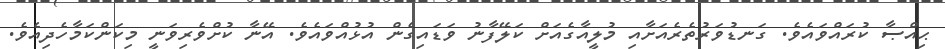
ޙިއްޞާ ކުރައްވައެވެ. ގަނޑުވަރުތެރެއަށާއި މުލީއާގެއަށް ކަލޭފާނު ވަޑައިގެން އުޅުއްވައެވެ. އޭނާ ކުށްވެރިވަނީ މިކަންކަމާހެދިއެވެ.